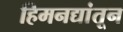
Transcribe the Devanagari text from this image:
हिमनद्यांतून